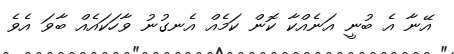
އޭނާ އެ ބުނީ އަނެއްކާ ކޮން ކަމެއް އެނގުނު ވާހަކައެއް ބާވަ އެވެ